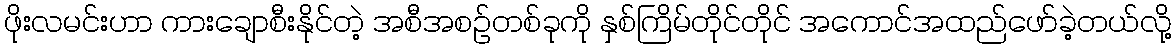
ဖိုးလမင်းဟာ ကားချောစီးနိုင်တဲ့ အစီအစဉ်တစ်ခုကို နှစ်ကြိမ်တိုင်တိုင် အကောင်အထည်ဖော်ခဲ့တယ်လို့